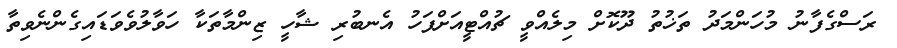
ރަސްގެފާނު މުހަންމަދު ތަޚުތު ދޫކޮށް މިލެއްވީ ޗުއްޓީއަށްފަހު އެނބުރި ޝާހީ ޒިންމާތަކާ ހަވާލުވެވަޑައިގެންނެވިތާ